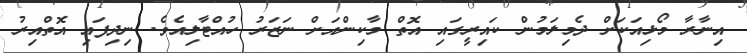
އިނާރާ މޯޅިއަކަށް ދެމިލަމުން ކައިރީގައި އޮތް މާކިންއަށް ނަޒަރު ހުއްޓާލިއެވެ. ނިދިފައި އޮތްއިރު